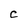
Character: C